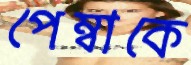
পেম্বাকে